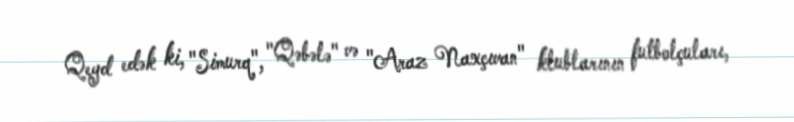
Qeyd edək ki, "Simurq", "Qəbələ" və "Araz Naxçıvan" klublarının futbolçuları,